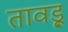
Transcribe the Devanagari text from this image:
तावड़ू